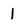
Character: 1